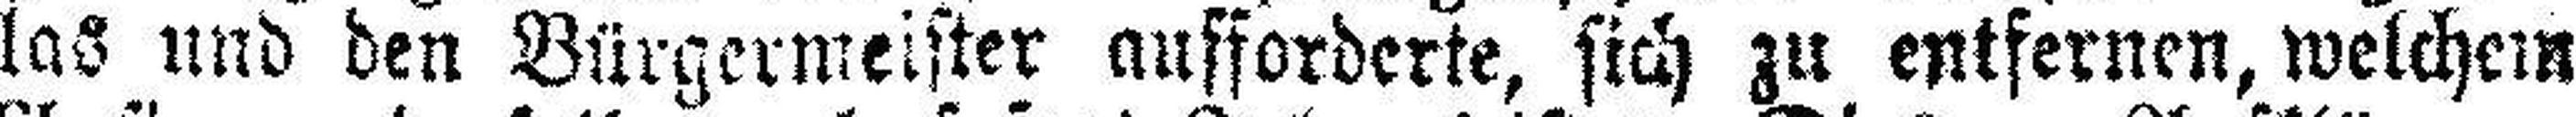
las und den Bürgermeister aufforderte, sich zu entfernen, welchem